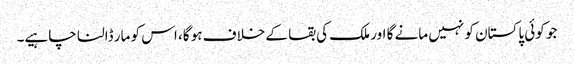
جو کوئی پاکستان کو نہیں مانے گا اور ملک کی بقا کے خلاف ہو گا، اس کو مار ڈالنا چاہیے۔